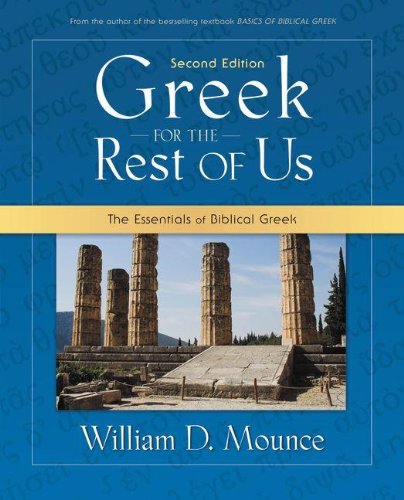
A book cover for Greek for the Rest of Us: The Essentials of Biblical Greek; William D. Mounce; Reference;